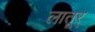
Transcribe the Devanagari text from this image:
लातूर्